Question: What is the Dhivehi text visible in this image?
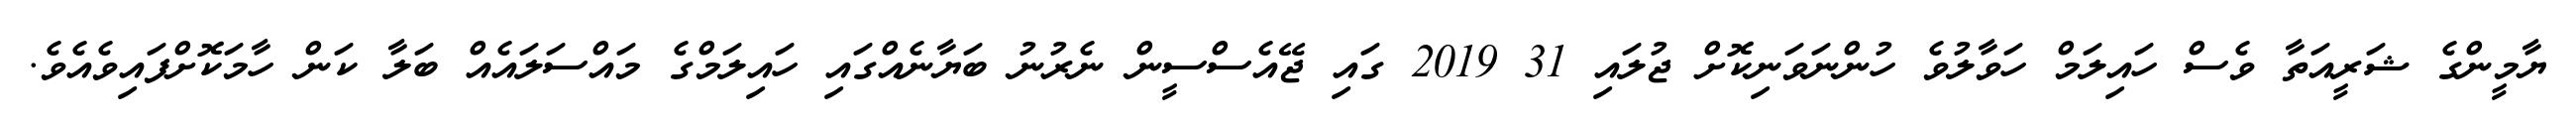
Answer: ޔާމީންގެ ޝަރީއަތާ ވެސް ހައިލަމް ހަވާލުވެ ހުންނަވަނިކޮށް ޖުލައި 31 2019 ގައި ޖޭއެސްސީން ނެރުނު ބަޔާނެއްގައި ހައިލަމްގެ މައްސަލައެއް ބަލާ ކަން ހާމަކޮށްފައިވެއެވެ.